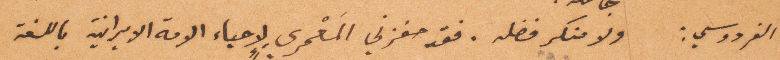
الفردوسي: ولا منكر فضله. فقد حفزني المَعمري لاحياء الامة الإيرانية باللغة